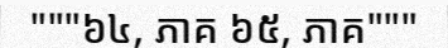
"""៦៤, ភាគ ៦៥, ភាគ"""